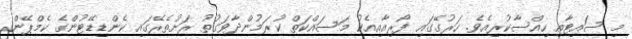
މި ސައިޓާއި ހިއްސާކުރިއެވެ. ހަރުގޭގައި ފޯރިއާއިއެކު މަސައްކަތް ކުރަމުންދާވަގުތު ރަށުތެރޭގައި ކެންޑިޑޭޓުންގެ ކެމްޕޭން